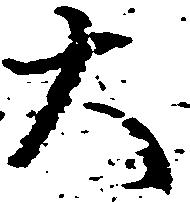
大